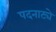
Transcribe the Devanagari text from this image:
पदनाट्ये